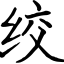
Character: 绞